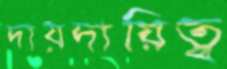
দায়দায়িত্ব্ব